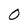
Character: O